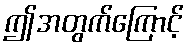
ဤအတွက်ကြောင့်